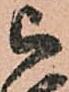
被